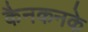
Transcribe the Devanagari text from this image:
कैनकनके